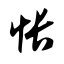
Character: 怅